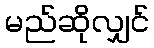
မည်ဆိုလျှင်